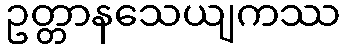
ဥတ္တာနသေယျကဿ